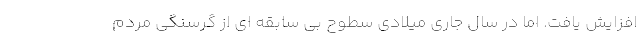
افزایش یافت. اما در سال جاری میلادی سطوح بی سابقه ای از گرسنگی مردم